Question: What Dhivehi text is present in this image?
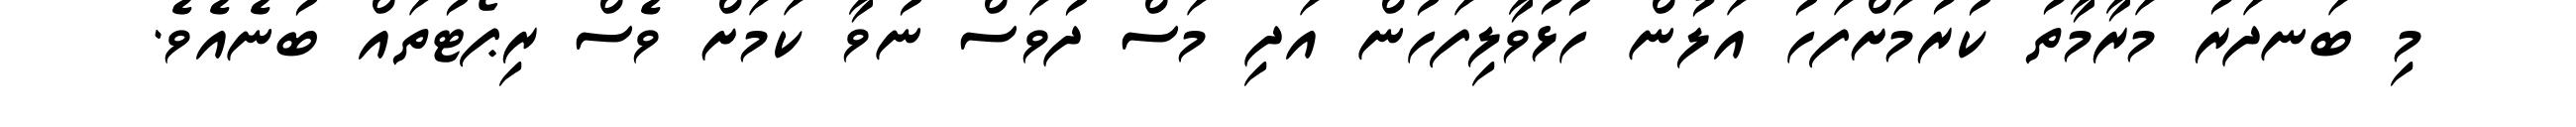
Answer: މި ބަނދަރު މަރާމާތު ކުރުމަށްފަހު އަލުން ހުޅުވާލިފަހުން އަދި މަސް ދުވަސް ނުވާ ކަމަށް ވެސް ރިޕޯޓުތައް ބުނެއެވެ.